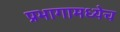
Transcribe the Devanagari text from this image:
प्रभागामध्येच